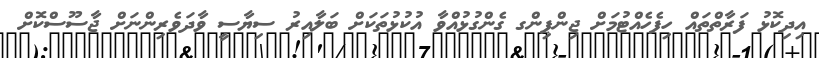
އިދިކޮޅު ފަރާތްތައް ހިފެހެއްޓުމަށް ޖިންޕިންގ ގެންގުޅުއްވާ އުކުޅުތަކަށް ބަލާއިރު ސިޔާސީ ވާދަވެރިންނަށް ޖާސޫސްކޮށް